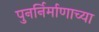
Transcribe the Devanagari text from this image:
पुनर्निर्माणाच्या